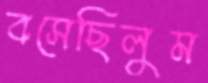
বসেছিলুম